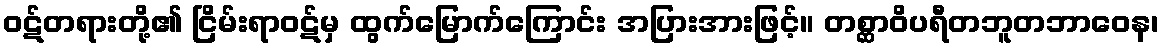
ဝဋ်တရားတို့၏ ငြိမ်းရာဝဋ်မှ ထွက်မြောက်ကြောင်း အပြားအားဖြင့်။ တစ္ဆာဝိပရီတဘူတဘာဝေန၊